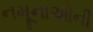
નમૂનાઓની